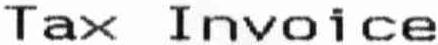
TAX INVOICE